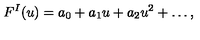
F ^ { I } ( u ) = a _ { 0 } + a _ { 1 } u + a _ { 2 } u ^ { 2 } + \dots ,